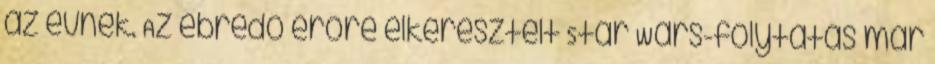
az évnek. Az ébredő erőre elkeresztelt Star Wars-folytatás már